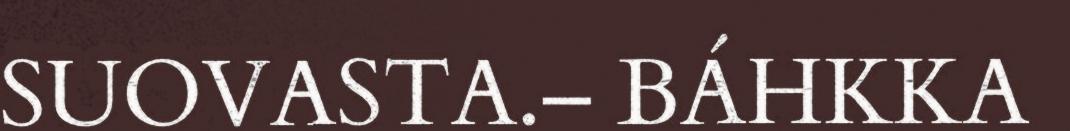
SUOVASTA.– BÁHKKA